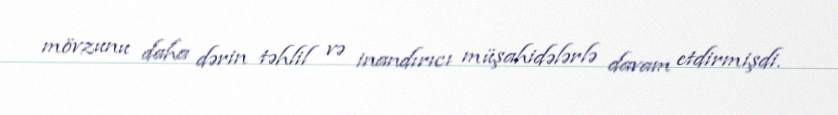
mövzunu daha dərin təhlil və inandırıcı müşahidələrlə davam etdirmişdi.